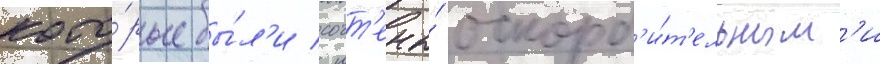
кото́рые бы́л'и сочт'ены́ оскорб'и́т'ельным'и